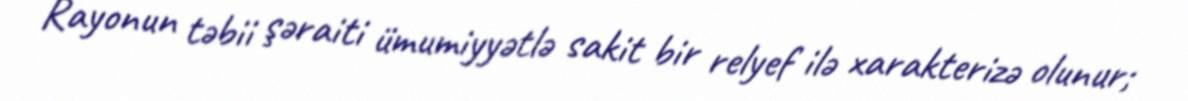
Rayonun təbii şəraiti ümumiyyətlə sakit bir relyef ilə xarakterizə olunur;